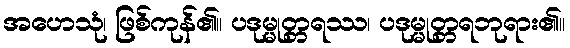
အဟေသုံ၊ ဖြစ်ကုန်၏။ ပဒုမ္မုတ္တရဿ၊ ပဒုမ္မုတ္တရဘုရား၏။